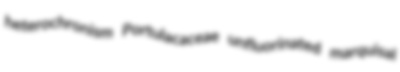
heterochronism Portulacaceae unfluorinated marquisal